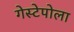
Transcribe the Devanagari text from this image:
गेस्टेपोला